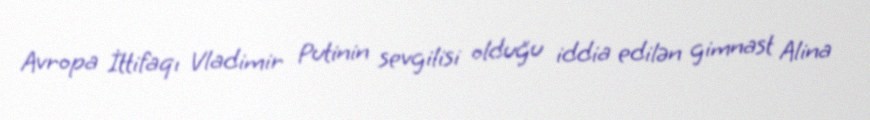
Avropa İttifaqı Vladimir Putinin sevgilisi olduğu iddia edilən gimnast Alina